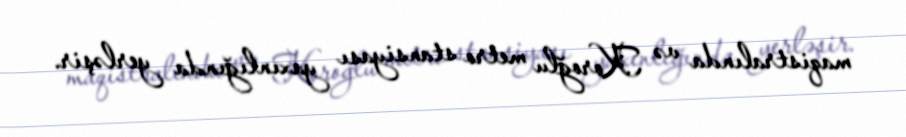
maqistralında və Koroğlu metro stansiyası yaxınlığında yerləşir.